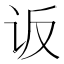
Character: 𰵐